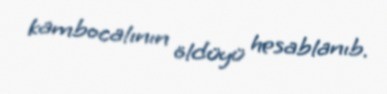
kambocalının öldüyü hesablanıb.